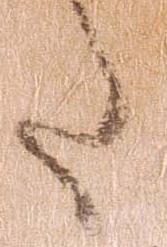
た